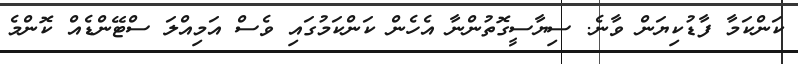
ކަންކަމާ ފާޑުކިޔަން ވާނެ. ސިޔާސީގޮތުންނާ އެހެން ކަންކަމުގައި ވެސް އަމިއްލަ ސްޓޭންޑެއް ކޮންމެ